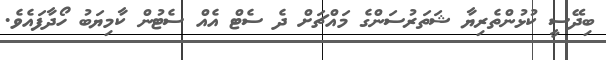
ބިދޭސީ ކުޅުންތެރިޔާ ޝަތަރުސަންގެ މައްޗަށް ދެ ސެޓް އެއް ސެޓުން ކާމިޔަބު ހޯދާފައެވެ.